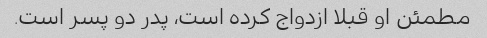
مطمئن او قبلا ازدواج کرده است، پدر دو پسر است.